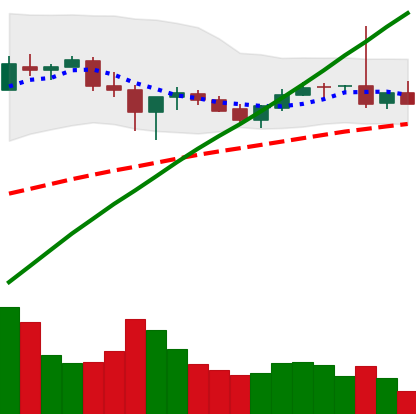
Ticker: BTC-USD
Chart end date: 2017-07-09
Forward return: -11.321%
Label: down_7plus